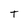
Character: T